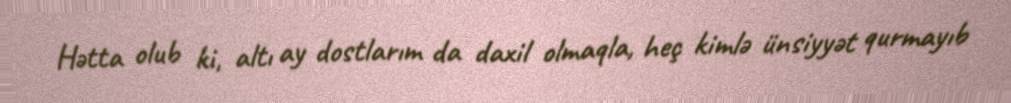
Hətta olub ki, altı ay dostlarım da daxil olmaqla, heç kimlə ünsiyyət qurmayıb